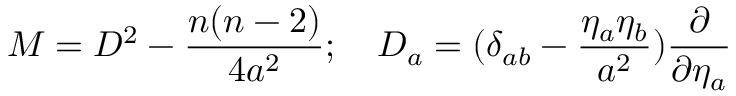
M = D ^ { 2 } - \frac { n ( n - 2 ) } { 4 a ^ { 2 } } ; ~ ~ ~ D _ { a } = ( \delta _ { a b } - \frac { { \eta _ { a } } \eta _ { b } } { a ^ { 2 } } ) \frac { \partial } { \partial { \eta _ { a } } }